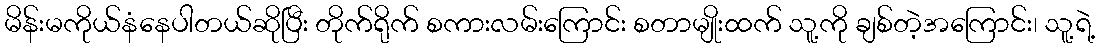
မိန်းမကိုယ်နံနေပါတယ်ဆိုပြီး တိုက်ရိုက် စကားလမ်းကြောင်း စတာမျိုးထက် သူ့ကို ချစ်တဲ့အကြောင်း၊ သူ့ရဲ့